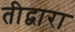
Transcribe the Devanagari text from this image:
तीद्वारा